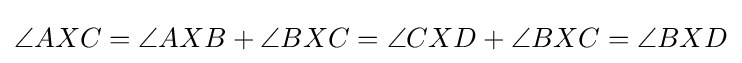
\angle AXC=\angle AXB+\angle BXC=\angle CXD+\angle BXC=\angle BXD